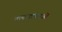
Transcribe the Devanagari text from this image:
मत्स्यशालाओं